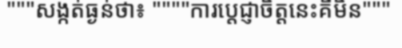
"""សង្កត់ធ្ងន់ថា៖ """"ការប្តេជ្ញាចិត្តនេះគឺមិន"""